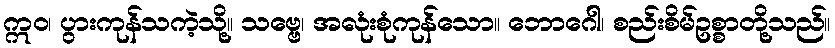
ဣဝ၊ ပွားကုန်သကဲ့သို့။ သဗ္ဗေ၊ အလုံးစုံကုန်သော။ ဘောဂေါ၊ စည်းစိမ်ဥစ္စာတို့သည်။